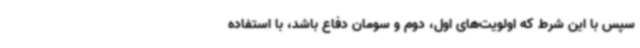
سپس با این شرط که اولویت‌های اول، دوم و سومان دفاع باشد، با استفاده